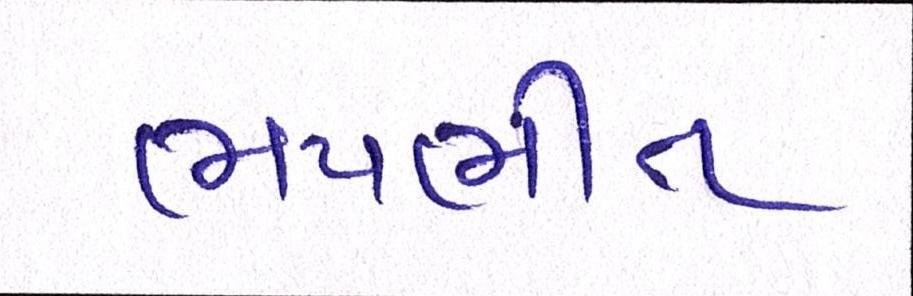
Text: ભયભીત